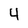
Character: 4